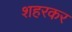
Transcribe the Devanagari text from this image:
शहरकर